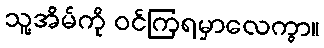
သူ့အိမ်ကို ဝင်ကြရမှာလေကွာ။